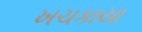
ખચકાયા